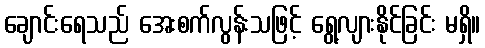
ချောင်းရေသည် အေးစက်လွန်းသဖြင့် ရွေ့လျားနိုင်ခြင်း မရှိ။